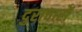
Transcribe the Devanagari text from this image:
दुराचारों